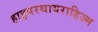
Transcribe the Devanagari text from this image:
हाइपरथायराडिज्म